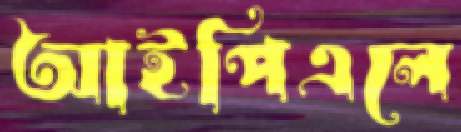
আইপিএলে